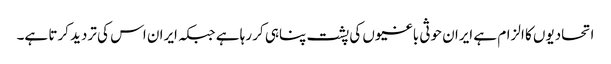
اتحادیوں کا الزام ہے ایران حوثی باغیوں کی پشت پناہی کر رہا ہے جبکہ ایران اس کی تردید کرتا ہے۔